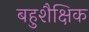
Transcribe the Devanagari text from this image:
बहुशैक्षिक